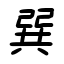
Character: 巽